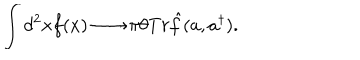
LaTeX: \int d ^ { 2 } x f ( x ) \longrightarrow \pi \theta T r \hat { f } ( a , a ^ { \dagger } ) .